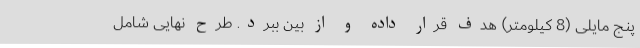
پنج مایلی (8 کیلومتر) هدف قرار داده و از بین ببرد. طرح نهایی شامل